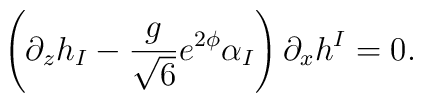
\left( \partial_{z}h_{I}-\frac{g}{\sqrt{6}}e^{2\phi}\alpha_{I}\right)\partial_{x}h^{I}=0.